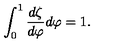
\int _ { 0 } ^ { 1 } { \frac { d \zeta } { d \varphi } } d \varphi = 1 .